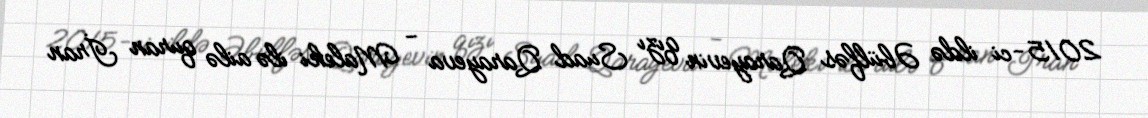
2015-ci ildə Əbülfəs Qarayevin qızı Suad Qarayeva - Maleki ilə ailə quran İran